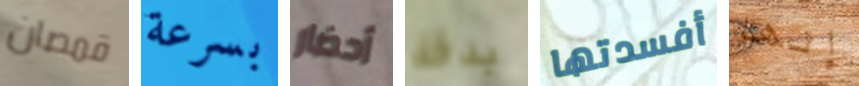
قمصان بسرعة أحضار بدقة أفسدتها إنها